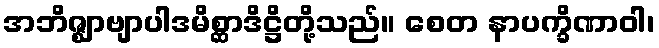
အဘိဇ္ဈာဗျာပါဒမိစ္ဆာဒိဋ္ဌိတို့သည်။ စေတ နာပက္ခိဏာဝါ၊